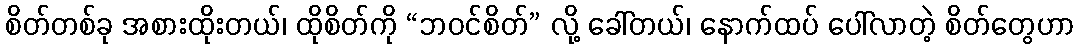
စိတ်တစ်ခု အစားထိုးတယ်၊ ထိုစိတ်ကို “ဘဝင်စိတ်” လို့ ခေါ်တယ်၊ နောက်ထပ် ပေါ်လာတဲ့ စိတ်တွေဟာ